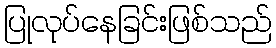
ပြုလုပ်နေခြင်းဖြစ်သည်